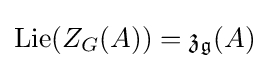
\operatorname {Lie} (Z_{G}(A))={\mathfrak {z}}_{\mathfrak {g}}(A)